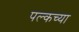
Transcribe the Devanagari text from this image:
पल्कच्या